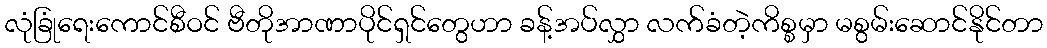
လုံခြုံရေးကောင်စီဝင် ဗီတိုအာဏာပိုင်ရှင်တွေဟာ ခန့်အပ်လွှာ လက်ခံတဲ့ကိစ္စမှာ မစွမ်းဆောင်နိုင်တာ